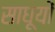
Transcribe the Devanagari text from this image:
साधूयों